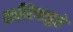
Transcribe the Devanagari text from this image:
शरीरेबाहुते